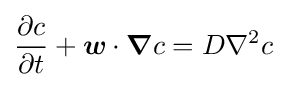
{\frac {\partial c}{\partial t}}+{\boldsymbol {w}}\cdot {\boldsymbol {\nabla }}c=D\nabla ^{2}c